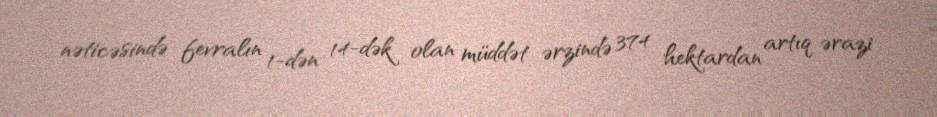
nəticəsində fevralın 1-dən 14-dək olan müddət ərzində 374 hektardan artıq ərazi